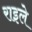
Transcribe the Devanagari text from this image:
राइले